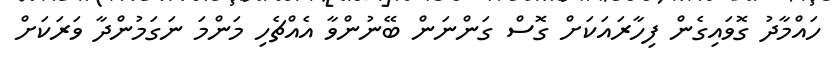
ހައްމާދު ގޮވައިގެން ފިހާރައަކަށް ގޮސް ގަންނަން ބޭނުންވާ އެއްޗެހި މަންމަ ނަގަމުންދާ ވަރަކަށް